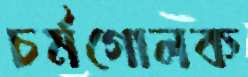
চর্মগোলক